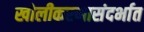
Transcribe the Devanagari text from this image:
खोलीकरणासंदर्भात